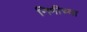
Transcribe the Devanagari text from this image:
निमीच्या